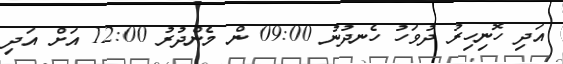
އަދި ހޮނިހިރު ދުވަހު ހެނދުނު 09:00 ން މެންދުރު 12:00 އަށް އަދި